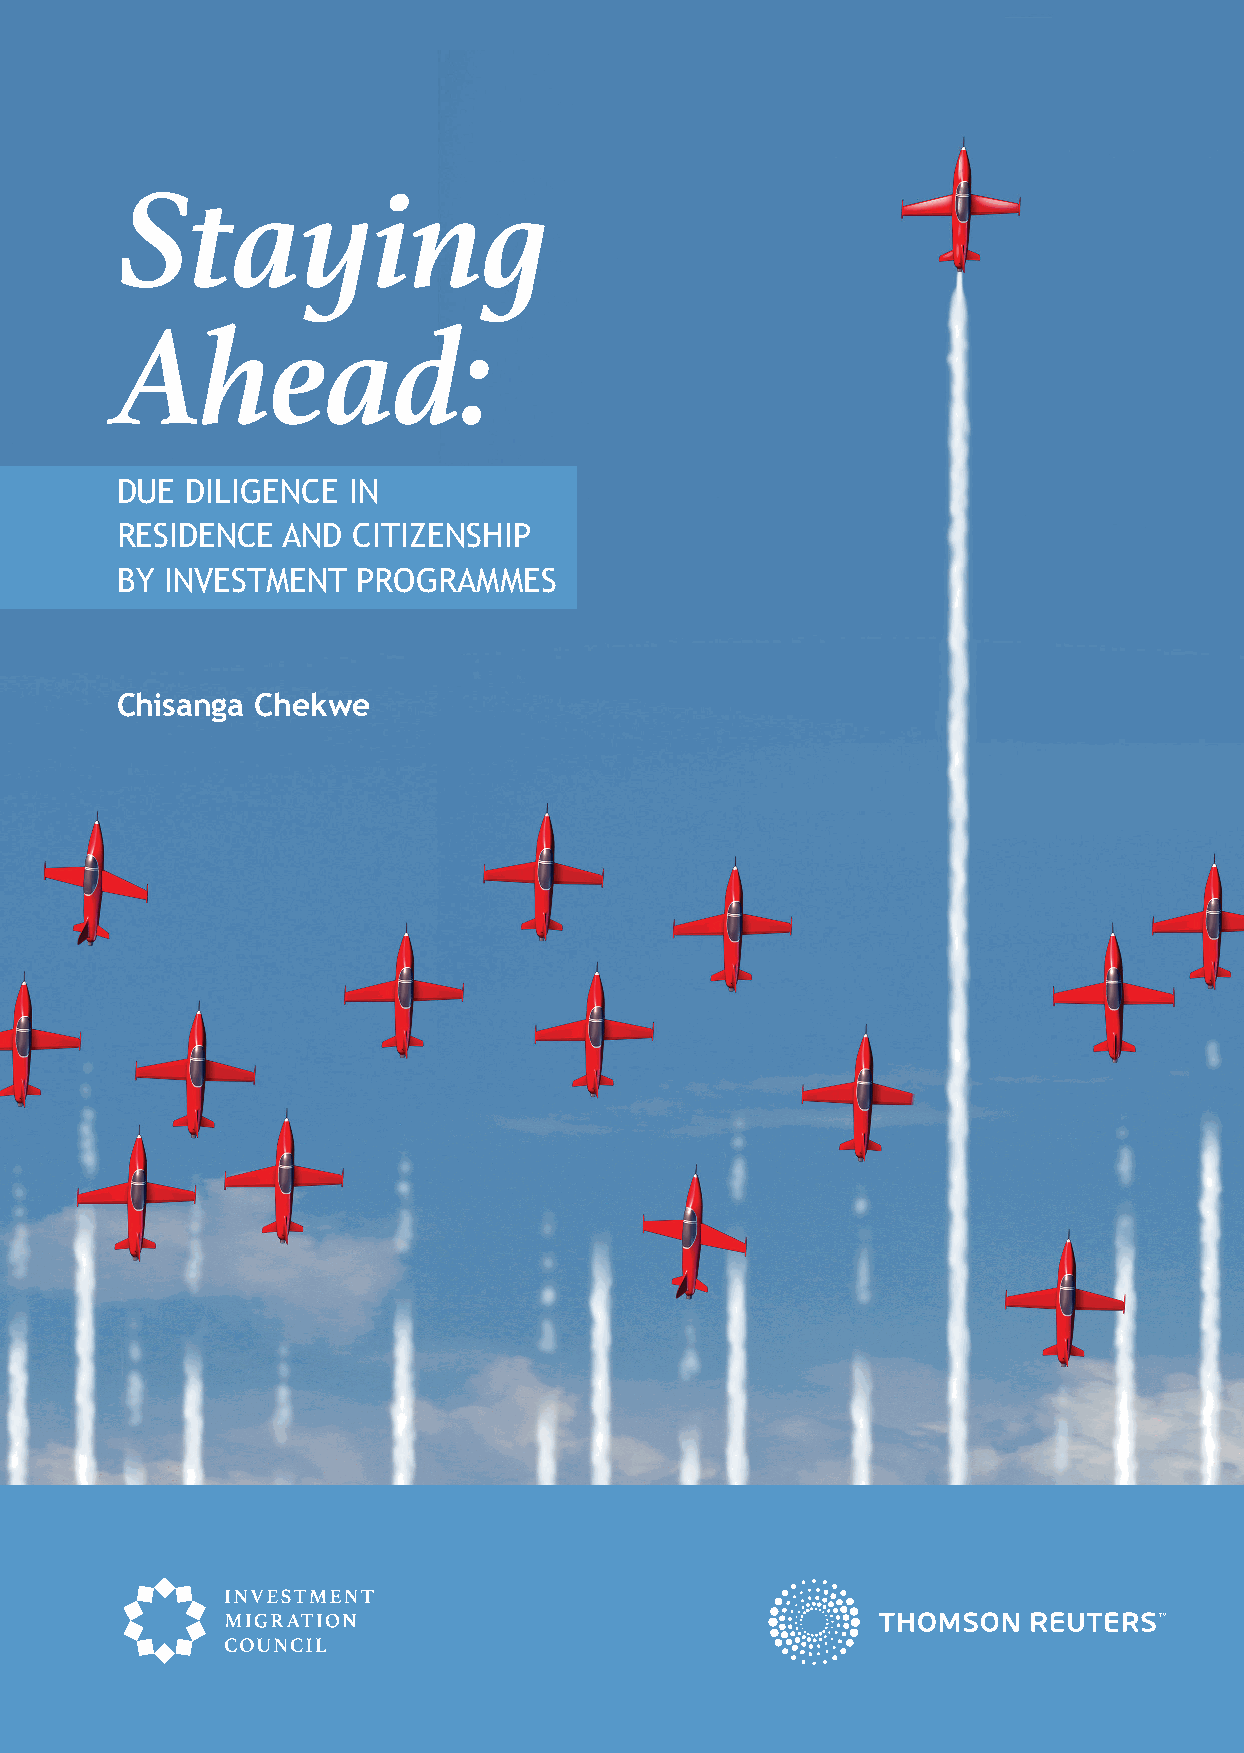
Staying
 Ahead:
 DUE DILIGENCE  IN
 RESIDENCE  AND CITIZENSHIP
 BY INVESTMENT  PROGRAMMES
 Chisanga Chekwe
 investmentmigration.org
 Cover 5col_option_new1_CHOOSEN.indd 1                                                                                                                        16/05/2018 12:38:13
 Staying
 Ahead:
 DUE
 DILIGENCE
 IN
 RESIDENCE
 BY
 CITIZENSHIP
 INVESTMENT
 PROGRAMMES
 Chisanga
 Chekwe